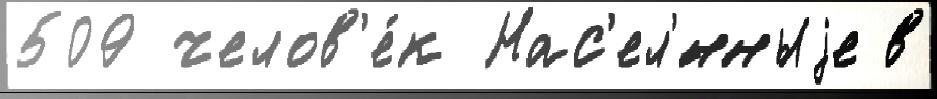
509 челов'е́к Нас'ел'́нныjе в